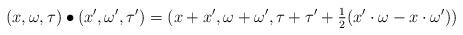
LaTeX: \begin{align*}(x,\omega,\tau) \bullet (x',\omega',\tau') = (x+x',\omega+\omega',\tau+\tau' + \tfrac{1}{2}(x' \cdot \omega - x \cdot \omega'))\end{align*}